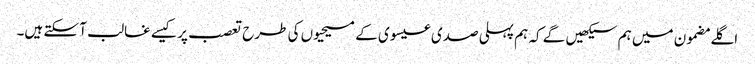
‏ اگلے مضمون میں ہم سیکھیں گے کہ ہم پہلی صدی عیسوی کے مسیحیوں کی طرح تعصب پر کیسے غالب آ سکتے ہیں۔